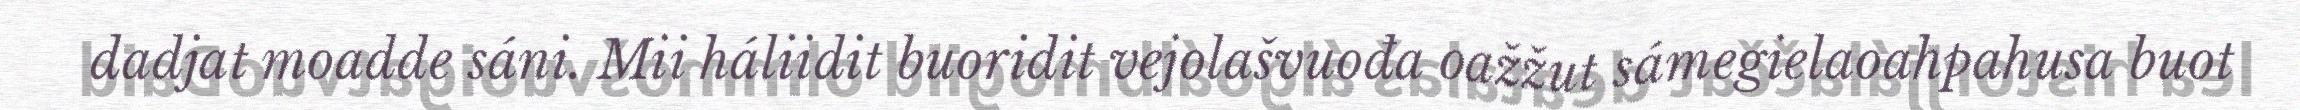
dadjat moadde sáni. Mii háliidit buoridit vejolašvuođa oažžut sámegielaoahpahusa buot